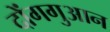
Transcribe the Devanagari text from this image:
दोंगगुआन